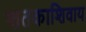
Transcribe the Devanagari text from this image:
शतकाशिवाय